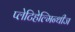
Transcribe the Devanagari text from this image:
प्लेटिहेल्मिन्थीज